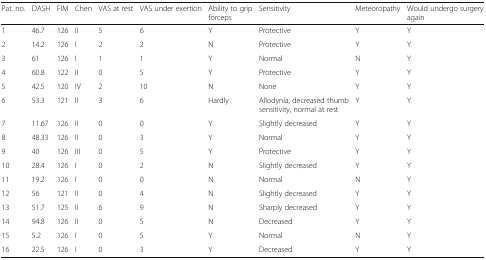
<table><thead><tr><td><b>Pat. no.</b></td><td><b>DASH</b></td><td><b>FIM</b></td><td><b>Chen</b></td><td><b>VAS at rest</b></td><td><b>VAS under exertion</b></td><td><b>Ability to grip forceps</b></td><td><b>Sensitivity</b></td><td><b>Meteoropathy</b></td><td><b>Would undergo surgery again</b></td></tr></thead><tbody><tr><td>1</td><td>46.7</td><td>126</td><td>II</td><td>5</td><td>6</td><td>Y</td><td>Protective</td><td>Y</td><td>Y</td></tr><tr><td>2</td><td>14.2</td><td>126</td><td>I</td><td>2</td><td>2</td><td>N</td><td>Protective</td><td>Y</td><td>Y</td></tr><tr><td>3</td><td>61</td><td>126</td><td>I</td><td>1</td><td>1</td><td>Y</td><td>Normal</td><td>N</td><td>Y</td></tr><tr><td>4</td><td>60.8</td><td>122</td><td>II</td><td>0</td><td>5</td><td>Y</td><td>Protective</td><td>Y</td><td>Y</td></tr><tr><td>5</td><td>42.5</td><td>120</td><td>IV</td><td>2</td><td>10</td><td>N</td><td>None</td><td>Y</td><td>Y</td></tr><tr><td>6</td><td>53.3</td><td>121</td><td>II</td><td>3</td><td>6</td><td>Hardly</td><td>Allodynia, decreased thumb sensitivity, normal at rest</td><td>Y</td><td>Y</td></tr><tr><td>7</td><td>11.67</td><td>126</td><td>II</td><td>0</td><td>0</td><td>Y</td><td>Slightly decreased</td><td>Y</td><td>Y</td></tr><tr><td>8</td><td>48.33</td><td>126</td><td>II</td><td>0</td><td>3</td><td>Y</td><td>Normal</td><td>Y</td><td>Y</td></tr><tr><td>9</td><td>40</td><td>126</td><td>III</td><td>0</td><td>5</td><td>Y</td><td>Protective</td><td>Y</td><td>Y</td></tr><tr><td>10</td><td>28.4</td><td>126</td><td>I</td><td>0</td><td>2</td><td>N</td><td>Slightly decreased</td><td>Y</td><td>Y</td></tr><tr><td>11</td><td>19.2</td><td>126</td><td>I</td><td>0</td><td>0</td><td>N</td><td>Normal</td><td>N</td><td>Y</td></tr><tr><td>12</td><td>56</td><td>121</td><td>II</td><td>0</td><td>4</td><td>N</td><td>Slightly decreased</td><td>Y</td><td>Y</td></tr><tr><td>13</td><td>51.7</td><td>125</td><td>II</td><td>6</td><td>9</td><td>N</td><td>Sharply decreased</td><td>Y</td><td>Y</td></tr><tr><td>14</td><td>94.8</td><td>126</td><td>II</td><td>0</td><td>5</td><td>N</td><td>Decreased</td><td>Y</td><td>Y</td></tr><tr><td>15</td><td>5.2</td><td>126</td><td>I</td><td>0</td><td>5</td><td>Y</td><td>Normal</td><td>N</td><td>Y</td></tr><tr><td>16</td><td>22.5</td><td>126</td><td>I</td><td>0</td><td>3</td><td>Y</td><td>Decreased</td><td>Y</td><td>Y</td></tr></tbody></table>